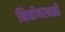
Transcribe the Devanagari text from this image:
निर्वाणस्थळी